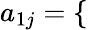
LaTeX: a_{1j}=\left\{ \begin{array}{ll}{\begin{array}{rlr}\end{array}}\end{array}\right.